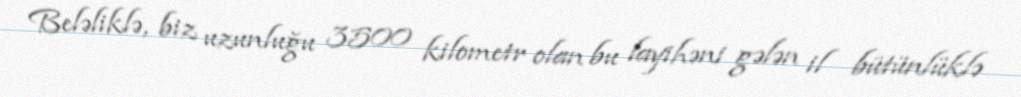
Beləliklə, biz uzunluğu 3500 kilometr olan bu layihəni gələn il bütünlüklə